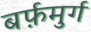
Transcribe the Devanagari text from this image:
बर्फ़मुर्ग